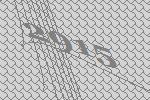
2915